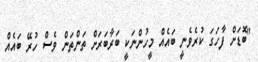
"ބޮޑަށް ފާހަގަ ކުރެވެނީ ބައެއް މީހުންނަކީ ބަރާބަރަށް ތަންތަން ވެސް ހުރޭ ބައެއް